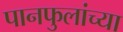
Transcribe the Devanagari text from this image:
पानफुलांच्या